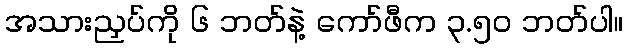
အသားညှပ်ကို ၆ ဘတ်နဲ့ ကော်ဖီက ၃.၅၀ ဘတ်ပါ။